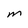
Character: M